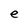
Character: e